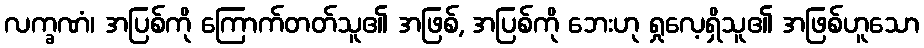
လက္ခဏံ၊ အပြစ်ကို ကြောက်တတ်သူ၏ အဖြစ်, အပြစ်ကို ဘေးဟု ရှုလေ့ရှိသူ၏ အဖြစ်ဟူသော